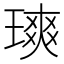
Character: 𪼐